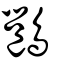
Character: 𪄉